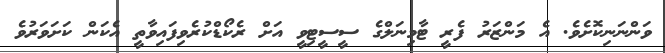
ވަންނަނިކޮށެވެ. އެ މަންޒަރު ފެރީ ޓާމިނަލްގެ ސީސީޓިވީ އަށް ރެކޯޑްކުރެވިފައިވާތީ އެކަން ކަށަވަރުވެ